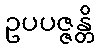
ဥပပဇ္ဇန္တိ